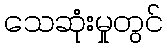
သေဆုံးမှုတွင်